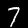
Label: 7